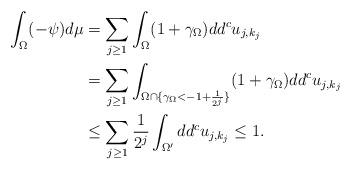
LaTeX: \begin{align*}\int_\Omega (-\psi ) d \mu & =\sum_{j\geq 1} \int_\Omega (1+ \gamma_\Omega ) dd^c u_{j,k_j} \\ & =\sum_{j\geq 1} \int_{ \Omega \cap \{ \gamma_\Omega < -1+ \frac{1}{2^{j} } \}} (1+ \gamma_\Omega ) dd^c u_{j,k_j} \\& \leq \sum_{j\geq 1} \frac{1}{2^{j} } \int_{ \Omega' } dd^c u_{j,k_j} \leq 1.\end{align*}